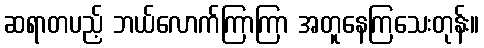
ဆရာတပည့် ဘယ်လောက်ကြာကြာ အတူနေကြသေးတုန်း။